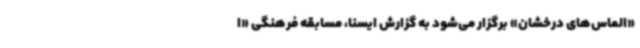
«الماس‌های درخشان» برگزار می‌شود به گزارش ایسنا، مسابقه فرهنگی «ا